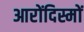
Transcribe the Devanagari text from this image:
आरोंदिस्मों